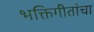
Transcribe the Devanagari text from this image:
भक्तिगीतांचा